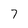
Character: 7